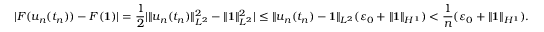
| F ( u _ { n } ( t _ { n } ) ) - F ( \mathbf 1 ) | = \frac 1 2 | \| u _ { n } ( t _ { n } ) \| _ { L ^ { 2 } } ^ { 2 } - \| \mathbf 1 \| _ { L ^ { 2 } } ^ { 2 } | \le \| u _ { n } ( t _ { n } ) - \mathbf 1 \| _ { L ^ { 2 } } ( \varepsilon _ { 0 } + \| \mathbf 1 \| _ { H ^ { 1 } } ) < \frac { 1 } { n } ( \varepsilon _ { 0 } + \| \mathbf 1 \| _ { H ^ { 1 } } ) .